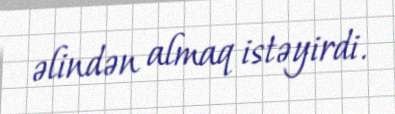
əlindən almaq istəyirdi.